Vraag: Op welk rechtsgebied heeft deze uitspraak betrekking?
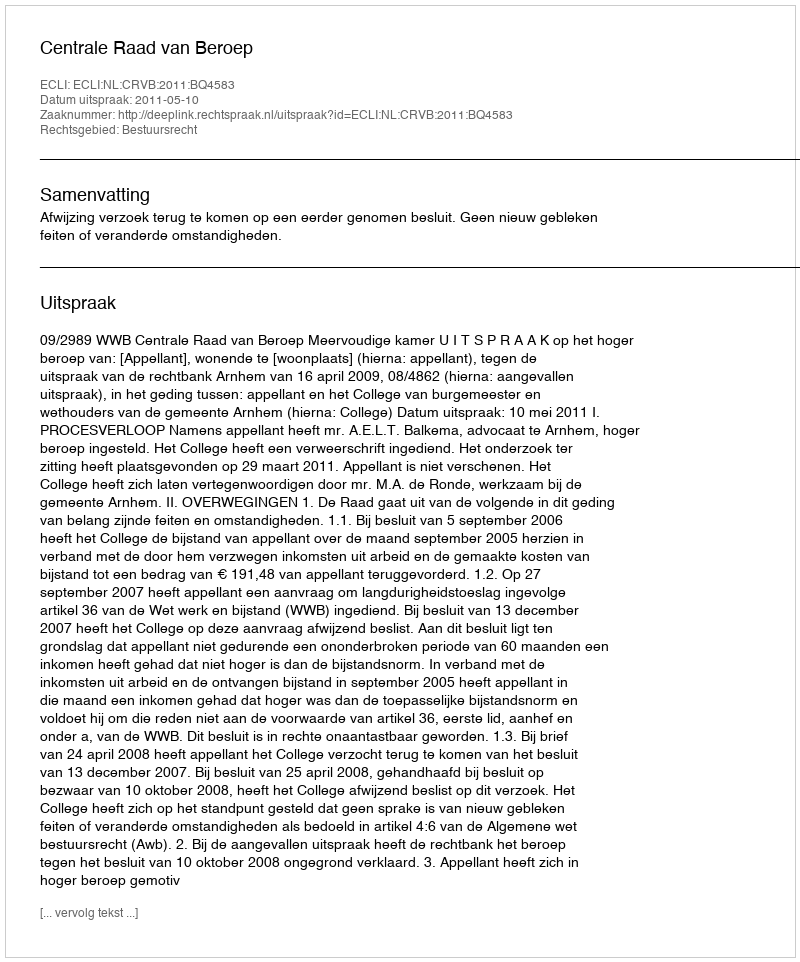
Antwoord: Bestuursrecht